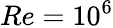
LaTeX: Re=10^{6}